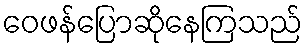
ဝေဖန်ပြောဆိုနေကြသည်